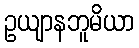
ဥယျာနဘူမိယာ